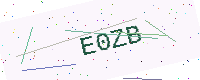
Text: E0ZB